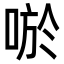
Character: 唹